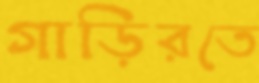
গাড়িরতে